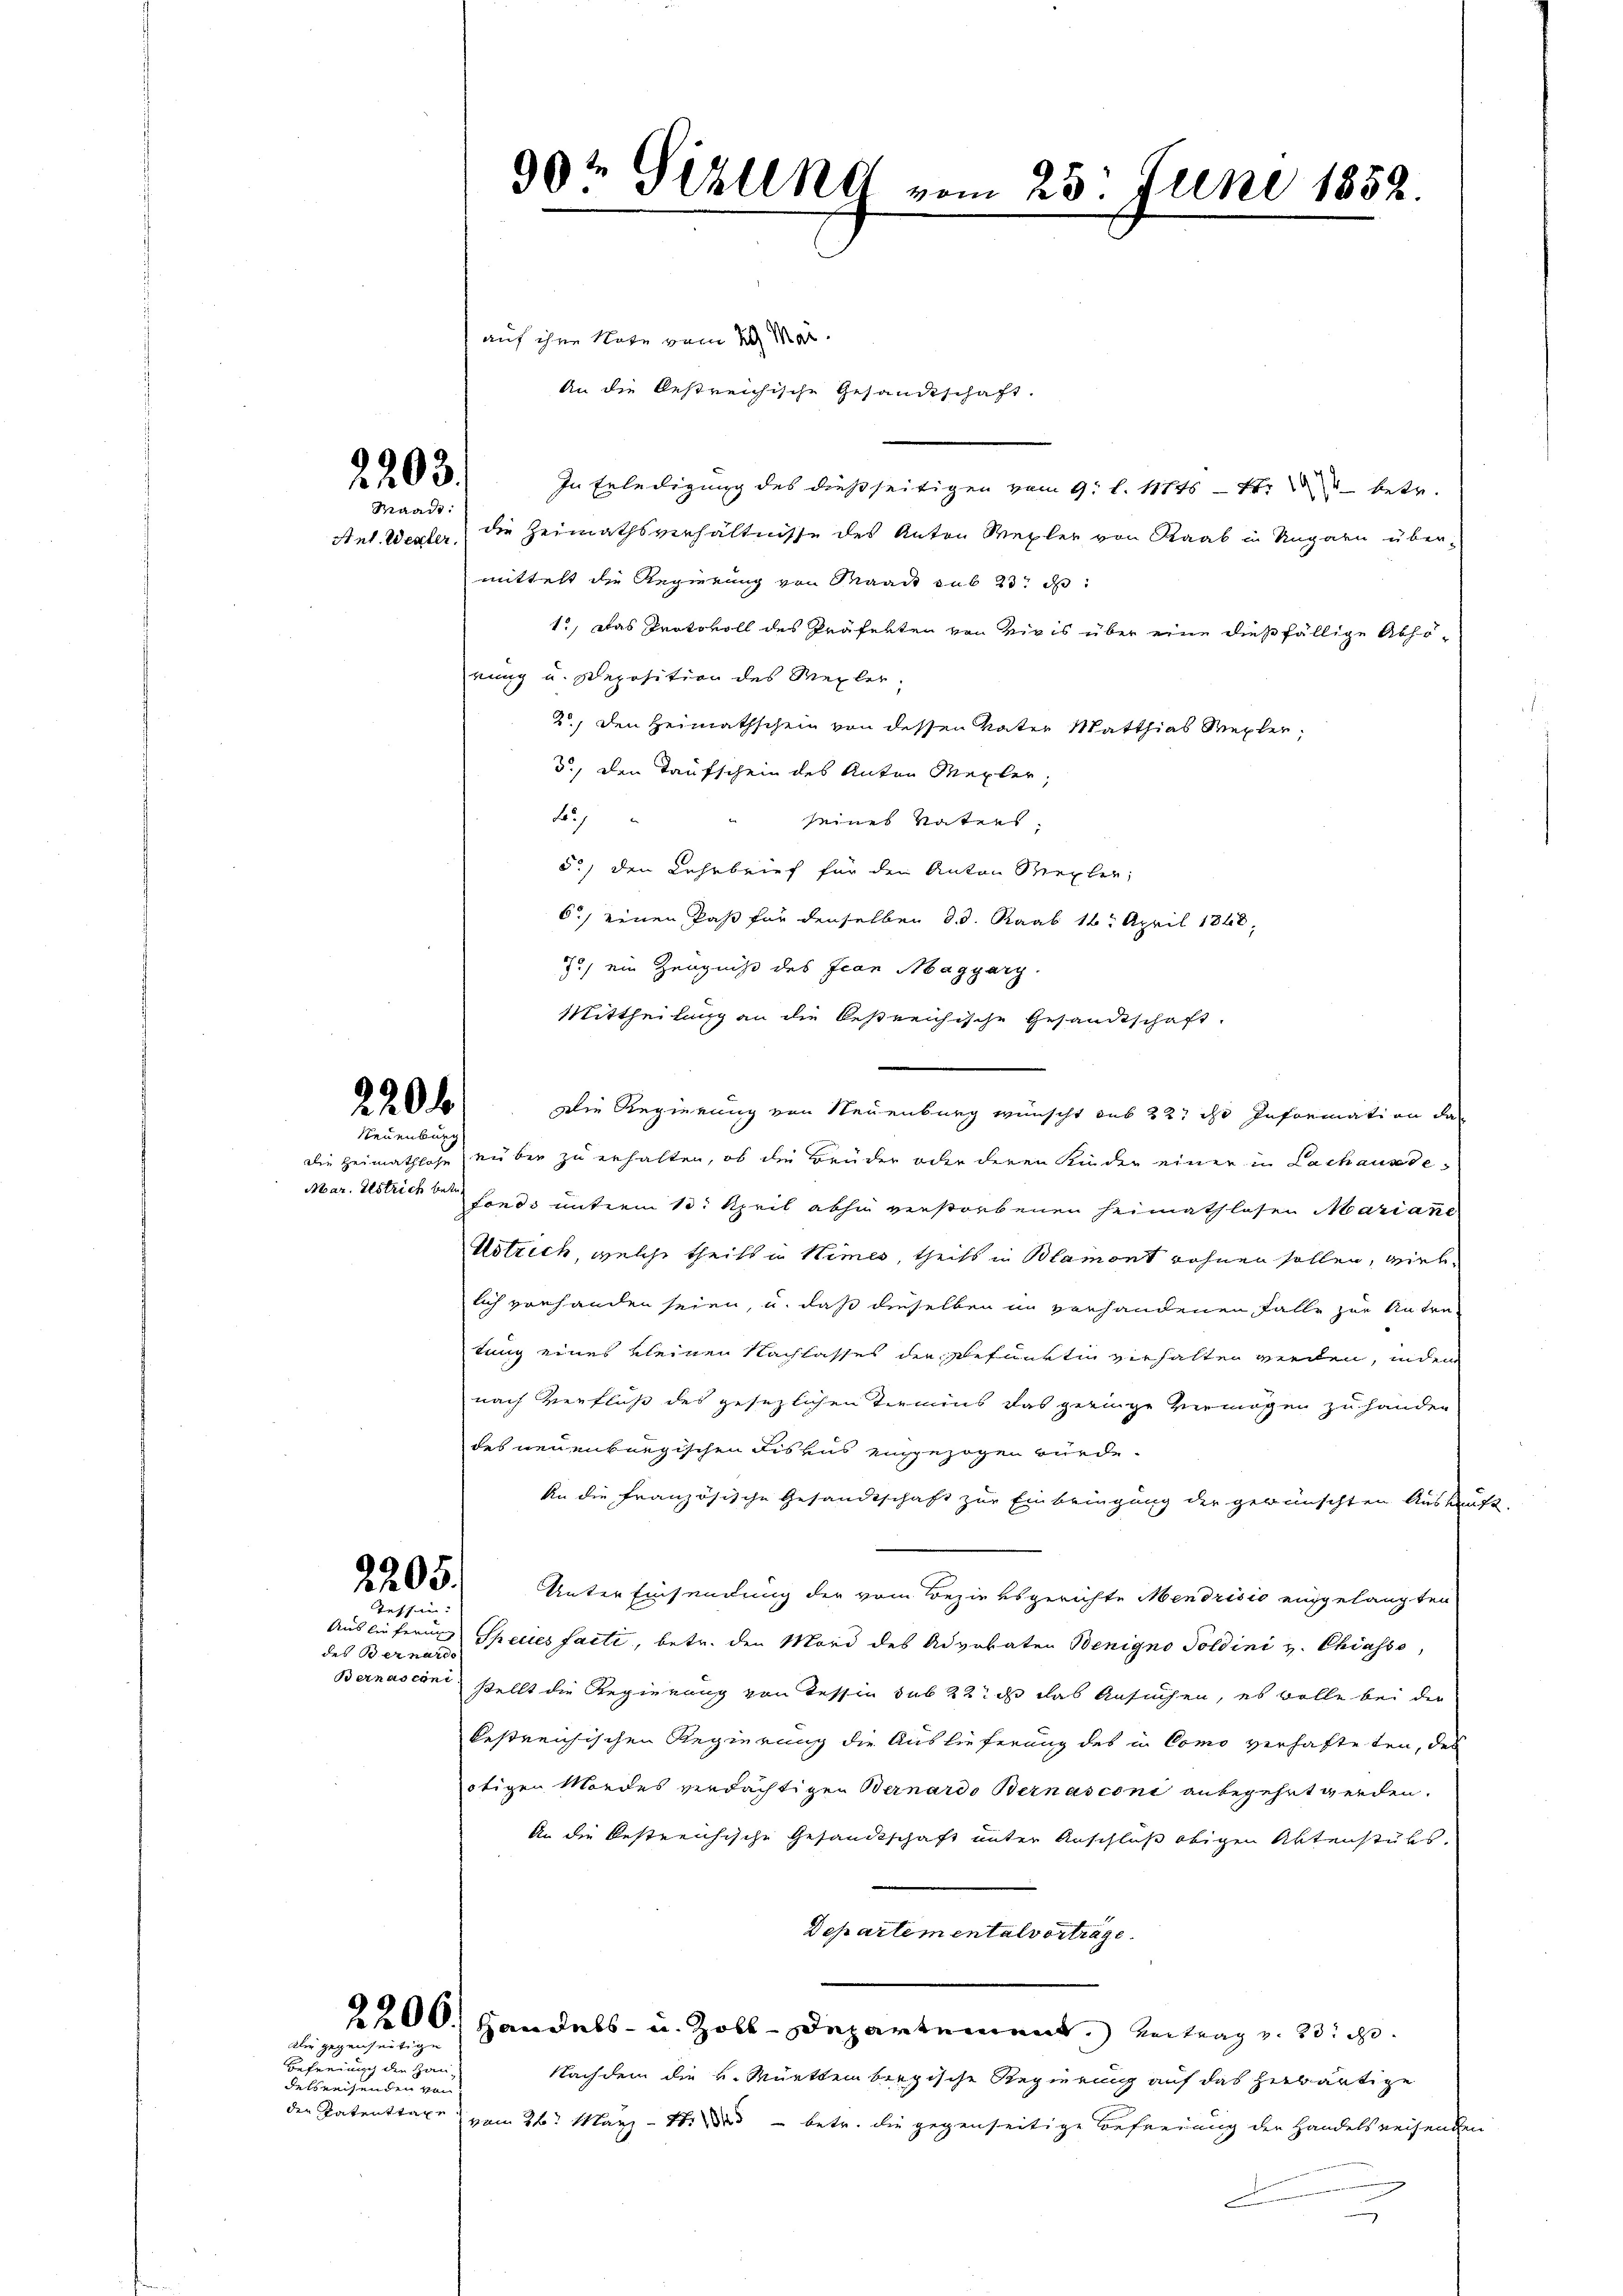
2203.
Waadt:

20. d.

innig
Mar. Istrich betr.

2205.
i

des Bernarde

Die gegenseitige

Befreiung der Handelsreisenden von

90t Gizling vom 25. Juni 1852.

auf ihre Note vom 29. Mär
An die bestreichische Gesandtschaft.
In Erledigung des dießseitigen vom 9. l. Mts. Er betr.
Ant. Wegler, die Heimathsverhältnisse des Anton Wegler von Raab in Ungarn über-
mittelt die Regierung von Waadt sub 23. d
1., Das Protokoll des Präfekten von viris über eine dießfällige Abhörung u. Deposition des Mexler.
2.) Den Heimathschein von dessen Vater Matthias Mexler,
d., den Taufschein des Anton Mexler
F
seines Vaters.
5.) den Lehrbrief für den Anton Siexler,
6.) Denen Paß für denselben d. d. Raab 16. April 1868,
7) ein Zeugniß des Jean Magyary.
Mittheilung an die bestreichische Gesandtschaft.
Die Regierung von Neuenburg wünscht aus 227 des Information das
die Heimathlose über zu erhalten, ob die Brüder oder deren Kinder einer in Lachaus de
fondo unterm 10. April abhin verstorbenen Heimathlosen Mariane
Ustrich, welche theils in Himes, theils in Blamont wohnen sollen, viel
lich vorhanden seien, u. daß dieselben in verhandenen Falle zur Antra
tung eines kleinen Nachlasses der sefunkten verhalten werden, inden
nach Verfluß des gesezlichen Termins das geringe Vermögen zu handen
des neuenburgischen des aus eingezogen würde.
An die Französische Gesandtschaft zur Einbringung der gewünschten Auskauft.
Unter Einsendung der vom Bezirksgerichte Mendrisis eingelangten
Auslieferung Species facti, betr. den Mord des Advokaten Benigno Soldini v. Chiasso,
Bernasconi stellt die Regierung von Tessin sub 22 d das Ansuchen, es wolle bei der
bestreichischen Regierung die Auslieferung des in Como verhafteten, des
ötigen Mordes verdächtigen Bernardo Bernasconi anbegehrt werden.
An die bestreichische Gesandtschaft unter Anschluß obigen Aktenstüks,
Departementalvertrage.
2200. Handels- u. Zoll-Departement. Antrag v. 23.
Nachdem die K. Württembergische Regierung auf das herbärtige
der Patenttaxe vom 26. März - 4. die betr. die gegenseitige Befreiung der Handelsreisenden
d
u